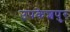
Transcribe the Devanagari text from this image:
उपकेशपुर